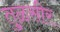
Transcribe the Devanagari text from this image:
तुळसीर